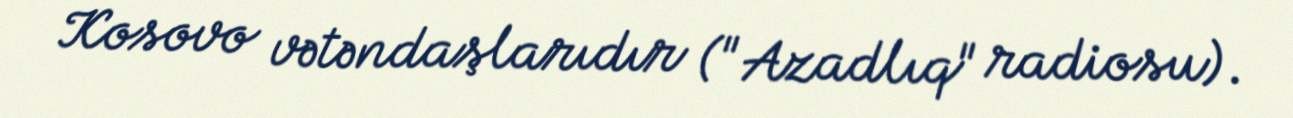
Kosovo vətəndaşlarıdır ("Azadlıq" radiosu).